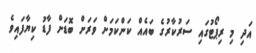
އަދި މި ރިޕޯޓުގައި ސަރުކާރުގެ ބައެއް ކަންކަމަށް ވަރަށް ބޮޑަށް ފާޑު ކިޔާފައިވެ